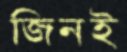
জিনই